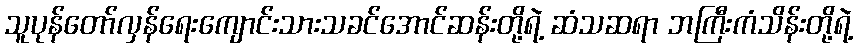
သူပုန်တော်လှန်ရေးကျောင်းသားသခင်အောင်ဆန်းတို့ရဲ့ ဆံသဆရာ ဘကြီးကံသိန်းတို့ရဲ့